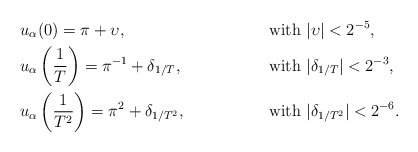
\begin{align*}& u_\alpha(0)=\pi+\upsilon, && \mbox{ with } |\upsilon|<2^{-5}, \\ &u_\alpha\left(\frac{1}{T}\right)=\pi^{-1}+\delta_{1/T}, && \mbox{ with }|\delta_{1/T}|<2^{-3}, \\&u_\alpha\left(\frac{1}{T^2} \right)=\pi^2+\delta_{1/T^2}, && \mbox{ with } |\delta_{1/T^2}|<2^{-6}.\end{align*}